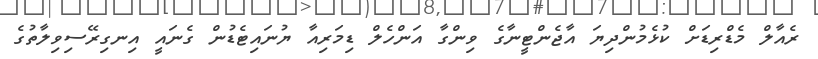
ރެއާލް މެޑްރިޑަށް ކުޅެމުންދިޔަ އާޖެންޓީނާގެ ވިންގާ އަންހެލް ޑިމަރިއާ ޔުނައިޓެޑުން ގެނައީ އިނގިރޭސިވިލާތުގެ